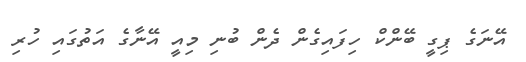
އޭނަގެ ޕިގީ ބޭންކް ހިފައިގެން ދެން ބުނި މިއީ އޭނާގެ އަތުގައި ހުރި